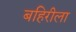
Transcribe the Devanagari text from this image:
बहिरीला